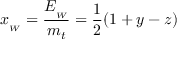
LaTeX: x _ { _ W } = { \frac { E _ { _ W } } { m _ { t } } } = { \frac { 1 } { 2 } } ( 1 + y - z )